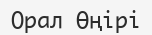
Орал Өңірі